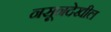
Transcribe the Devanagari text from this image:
नसूनदेखील